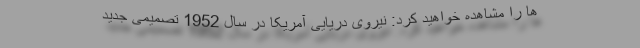
ها را مشاهده خواهید کرد: نیروی دریایی آمریکا در سال 1952 تصمیمی جدید